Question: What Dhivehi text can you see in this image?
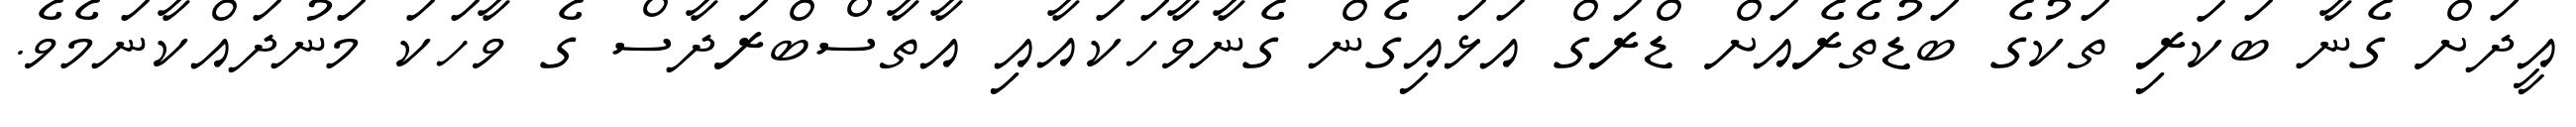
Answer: އީދަށް ގެނާ ބަކަރި ތަކުގެ ބަޑުތެރެއަށް ޑްރަގް އަޅައިގެން ގެނާވާހަކައާއި އާތާސްބްރަދާސް ގެ ވާހަކަ މަނުދައްކާނަމެވެ.